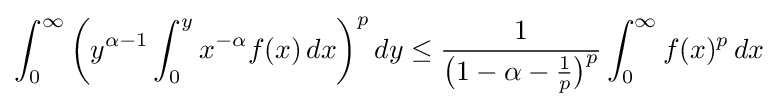
\int _{0}^{\infty }{\biggl (}y^{\alpha -1}\int _{0}^{y}x^{-\alpha }f(x)\,dx{\biggr )}^{p}\,dy\leq {\frac {1}{{\bigl (}1-\alpha -{\frac {1}{p}}{\bigr )}^{p}}}\int _{0}^{\infty }f(x)^{p}\,dx